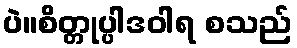
ပဲ။စိတ္တုပ္ပါဒဝါရ စသည်